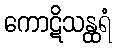
ကောဋိသန္ထရံ